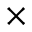
\times